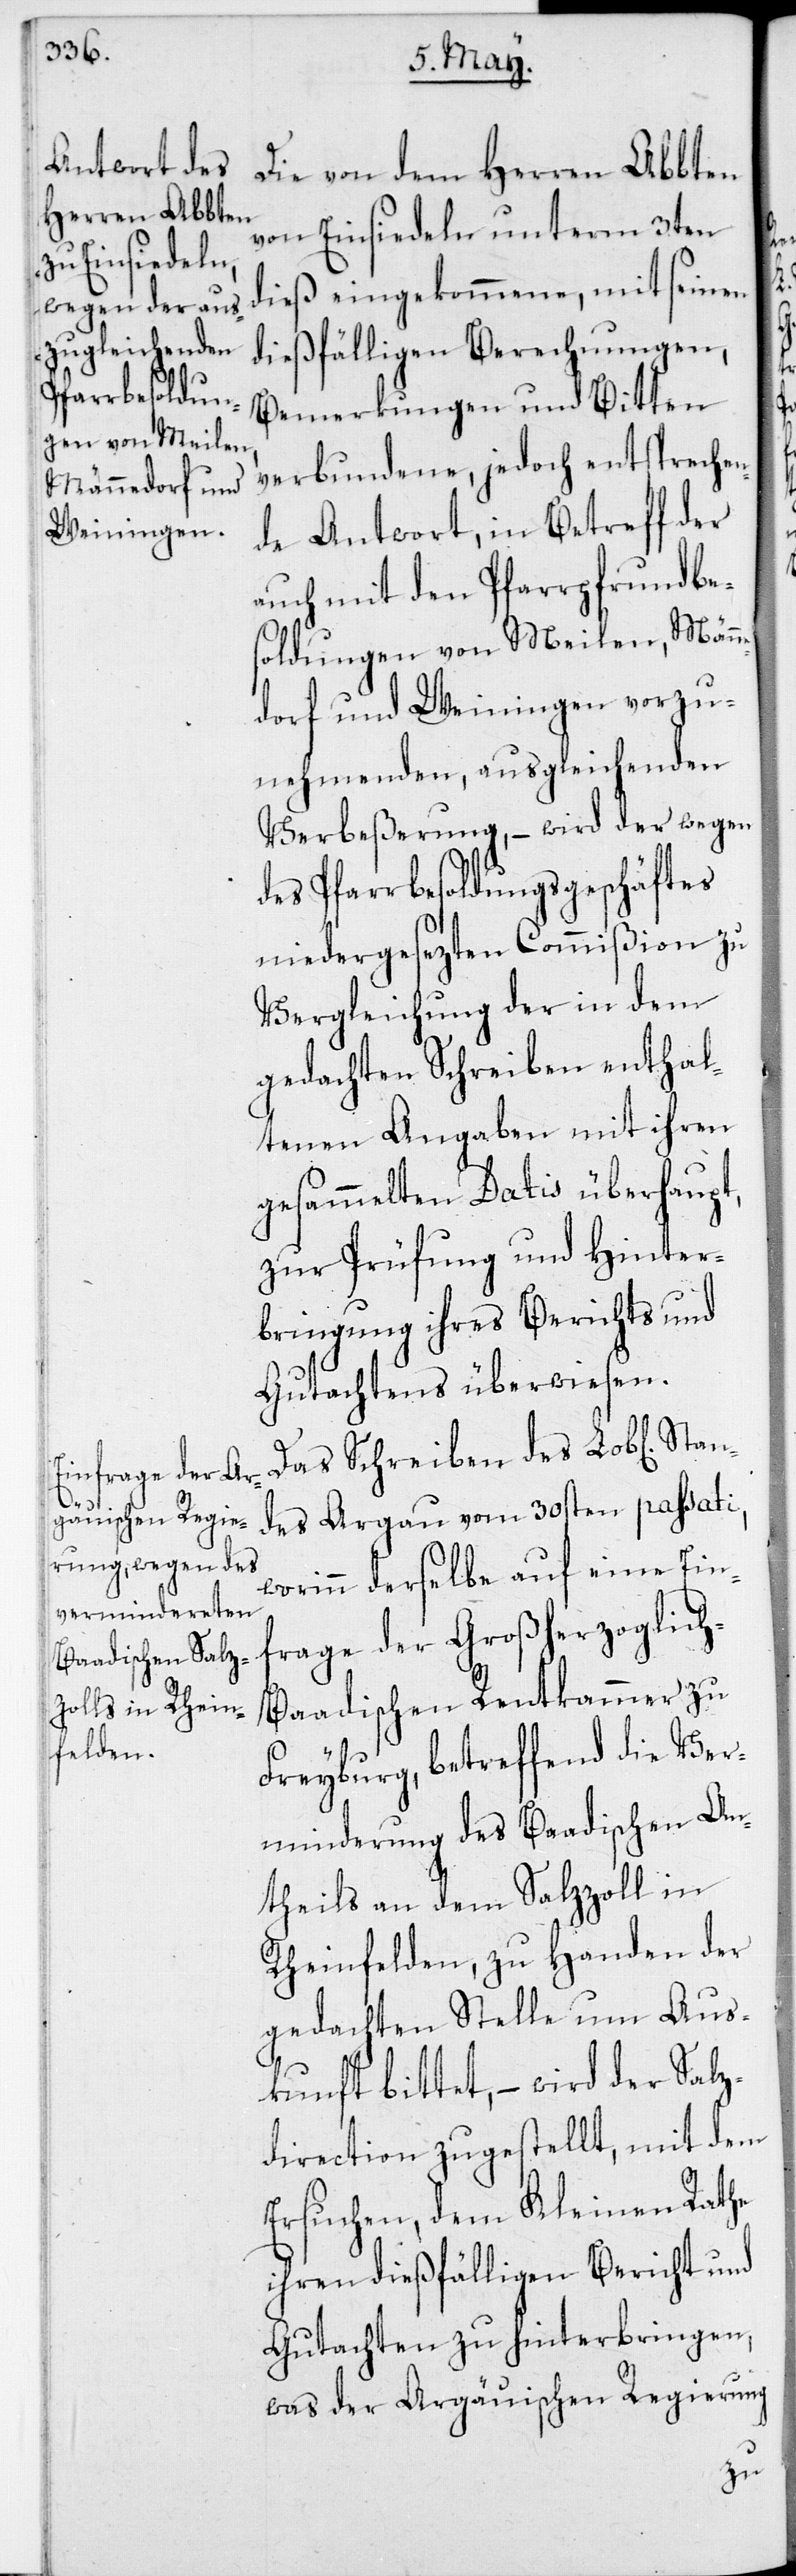
Sta¬

Die von dem Herren Abbten
von Einsiedeln unterm 3ten
dieß eingekommene, mit seinen
dießfälligen Berechnungen,
Bemerkungen und Bitten
verbundene, jedoch entsprechen¬
de Antwort, in Betreff der
auch mit den Pfarrpfrundbe¬
soldungen von Meilen, Männ¬
edorf und Weiningen vorzu¬
nehmenden ausgleichenden
Verbeßerung, – wird der wegen
des Pfarrbesoldungsgeschäftes
niedergesezten Commißion zu
Vergleichung der in dem
gedachten Schreiben enthal¬
tenen Angaben mit ihren
gesammelten Datis überhaupt,
zur Prüfung und Hinter¬
bringung ihres Berichts und
Gutachtens überwiesen.
Das Schreiben des Lob[lichen]
ndes Argau vom 30sten passati,
worinn derselbe auf eine Ein¬
frage der Großherzoglic¬
h-Baadischen Rentkammer zu
Freyburg, betreffend die Ver¬
minderung des Baadischen An¬
theils an dem Salzzoll in
Rheinfelden, zu Handen der
gedachten Stelle um Aus¬
kunft bittet, – wird der Salz¬
direction zugestellt, mit dem
Ersuchen, dem Kleinen Rathe
ihren dießfälligen Bericht und
Gutachten zu hinterbringen,
was der Argäuischen Regierung